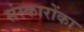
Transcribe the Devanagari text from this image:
संस्कारोंका